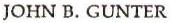
JOHN B. GUNTER